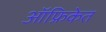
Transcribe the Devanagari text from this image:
ऑफ्रिकेत